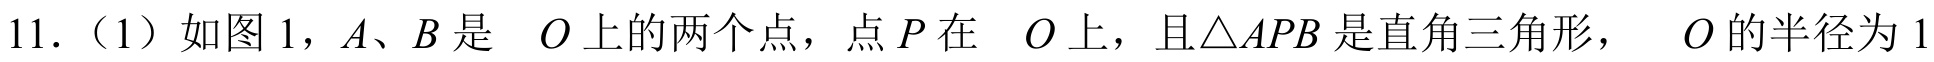
11.（1）如图1，\(A\)、\(B\)是\(\odot O\)上的两个点，点\(P\)在\(\odot O\)上，且\(\triangle APB\)是直角三角形，\(\odot O\)的半径为\(1\)